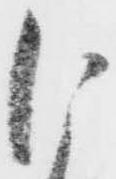
に